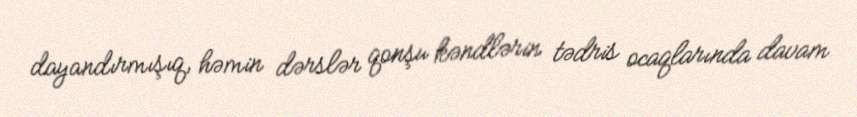
dayandırmışıq, həmin dərslər qonşu kəndlərin tədris ocaqlarında davam